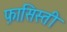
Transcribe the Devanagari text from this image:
फ़ासिस्ती